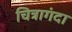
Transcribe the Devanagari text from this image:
चित्रागंदा